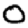
Digit: 0